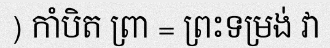
) កាំបិត ព្រា = ព្រះទម្រង់ វា